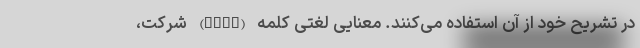
در تشریح خود از آن استفاده می‌کنند. معنایی لغتی کلمه (Firm) شرکت،